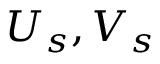
U _ { s } , V _ { s }